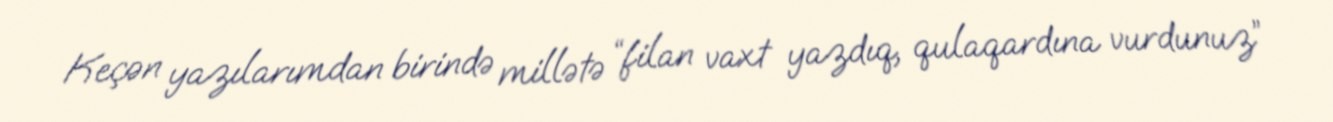
Keçən yazılarımdan birində millətə “filan vaxt yazdıq, qulaqardına vurdunuz”